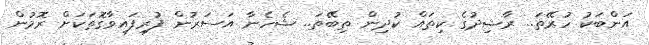
އަންބަކު ހުރޭތަ.. ރާޝިދުގެ ކިތައް ކުދިން ތިބޭތަ.. ޝެހެނާ އަސަރުން ފުރިފައިވާގޮތަކަށް ރޮމުން